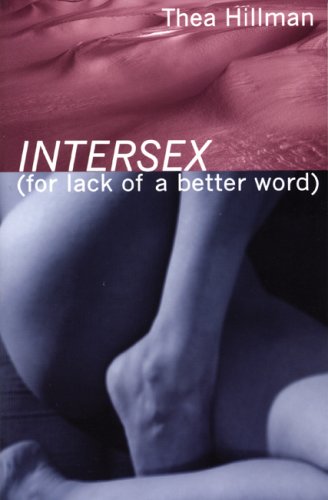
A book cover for Intersex (For Lack of a Better Word); Thea Hillman; Gay & Lesbian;